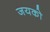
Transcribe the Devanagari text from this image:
जयको